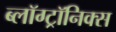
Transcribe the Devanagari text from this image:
ब्लॉग्ट्रॉनिक्स